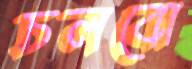
চলবো